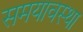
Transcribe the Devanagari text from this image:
समयावस्था